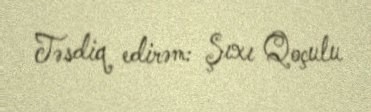
Təsdiq edirəm: Şıxı Qoçulu